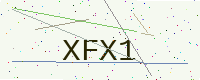
Text: XFX1